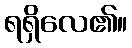
ရရှိလေ၏။